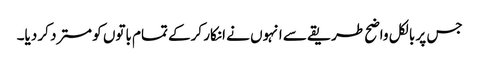
جس پر بالکل واضح طریقے سے انہوں نے انکار کرکے تمام باتوں کو مسترد کر دیا۔